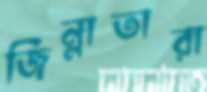
জিন্নাতারা